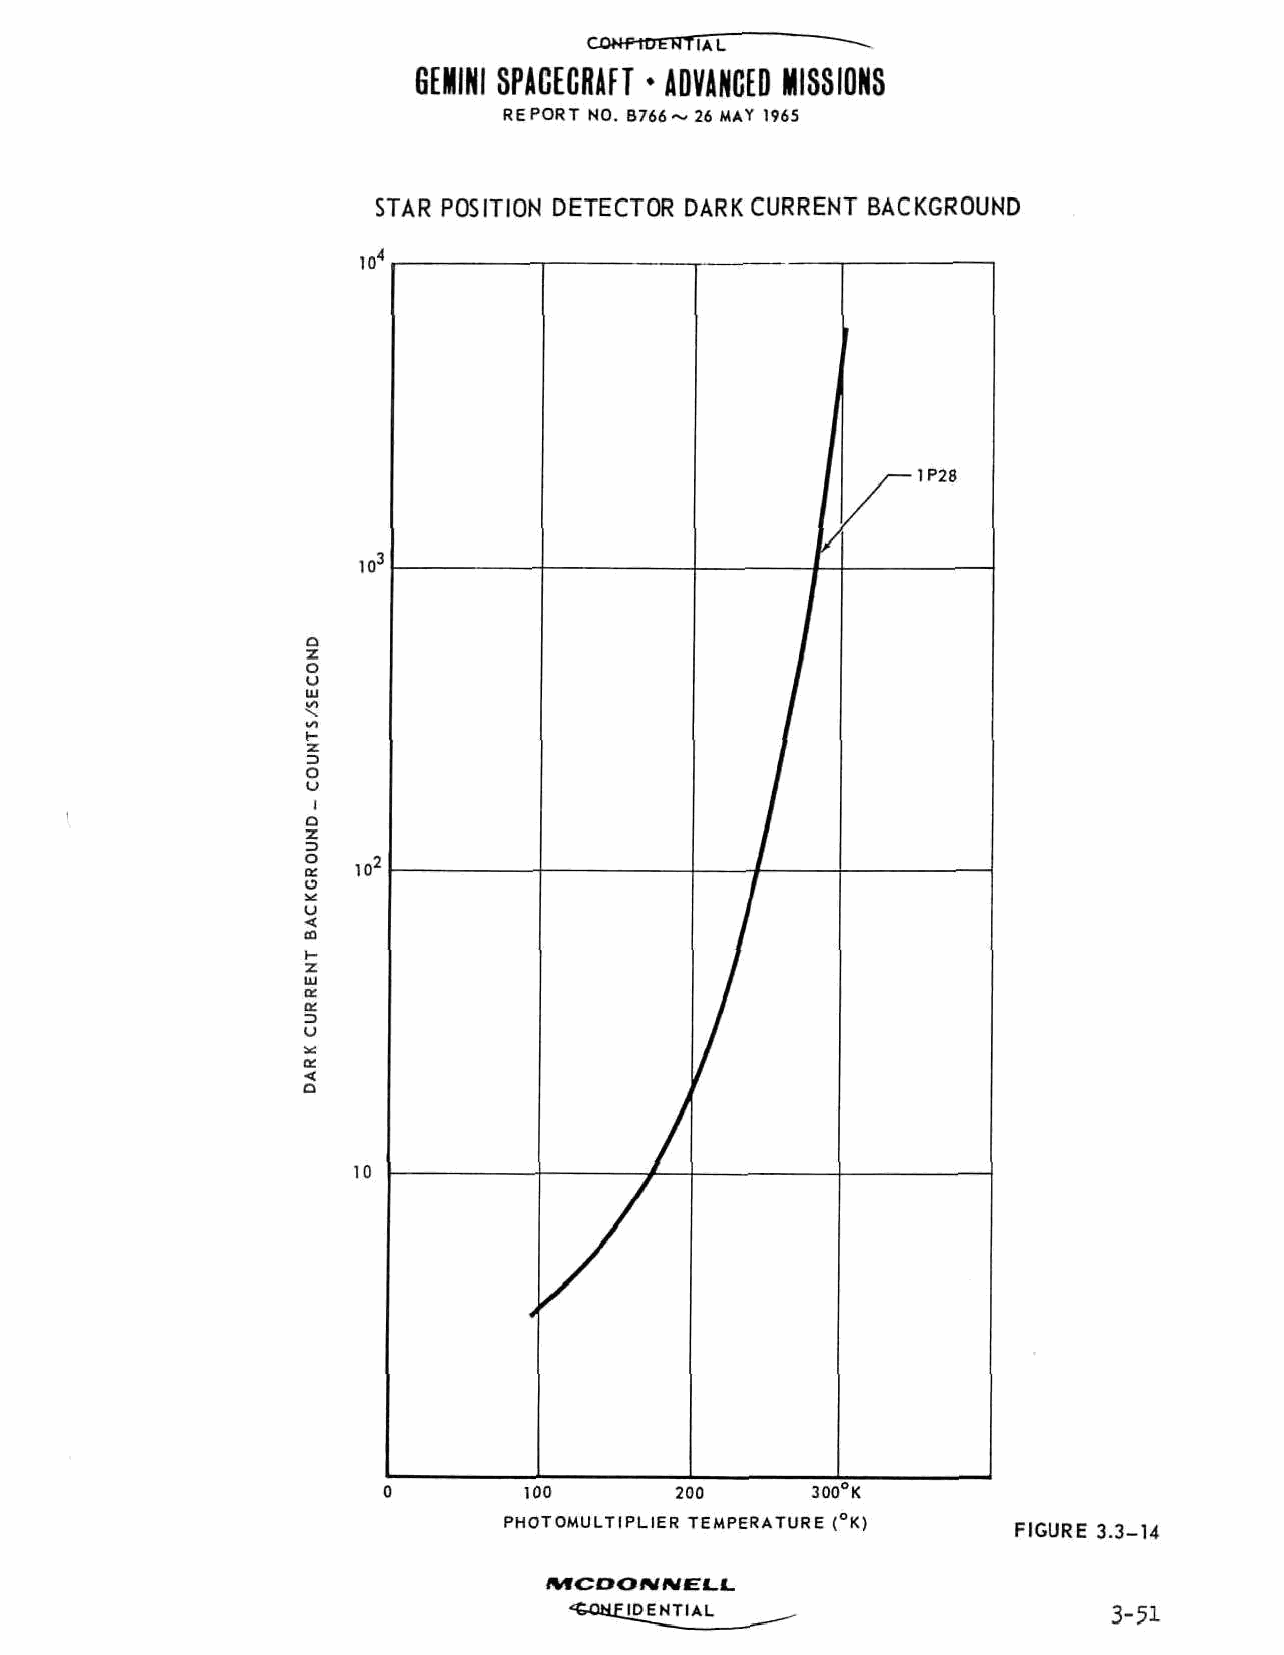
GOHPitrrRTiAL
 GEMINI SPACECRAFT • ADVANCED MISSIONS
 REPORT NO. B766~ 26 MAY 1965
 STAR POSITION DETECTOR DARK CURRENT BACKGROUND
 10' 4
 , 1P28
 HP
 Q
 z
 3
 UJ
 «c
 I-
 z
 o
 u
 I
 a
 z
 z>
 o
 Q:  10'
 O
 u
 <
 2
 UJ
 U
 K
 «
 a
 10
 100       200      300°K
 PHOTOMULTIPLIER TEMPERATURE (°K)
 FIGURE 3.3-14
 /MCOO/V/WEH.